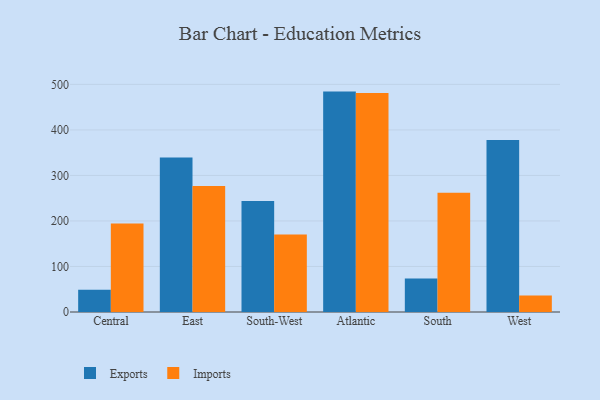
{"axis": {"x": "Region", "y": "Website Visitors"}, "legend": ["Exports", "Imports"], "data": [{"x": "Central", "y": 49.1, "type": "Exports"}, {"x": "Central", "y": 194.3, "type": "Imports"}, {"x": "East", "y": 339.2, "type": "Exports"}, {"x": "East", "y": 276.6, "type": "Imports"}, {"x": "South-West", "y": 244.0, "type": "Exports"}, {"x": "South-West", "y": 170.1, "type": "Imports"}, {"x": "Atlantic", "y": 484.2, "type": "Exports"}, {"x": "Atlantic", "y": 481.0, "type": "Imports"}, {"x": "South", "y": 73.6, "type": "Exports"}, {"x": "South", "y": 262.1, "type": "Imports"}, {"x": "West", "y": 378.1, "type": "Exports"}, {"x": "West", "y": 36.4, "type": "Imports"}]}